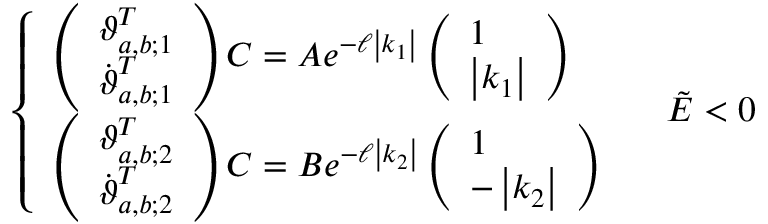
\left\{ \begin{array} { l l } { \left( \begin{array} { l } { \boldsymbol { \vartheta } _ { a , b ; 1 } ^ { T } } \\ { \dot { \boldsymbol { \vartheta } } _ { a , b ; 1 } ^ { T } } \end{array} \right) \boldsymbol { C } = A e ^ { - \ell \left| k _ { 1 } \right| } \left( \begin{array} { l } { 1 } \\ { \left| k _ { 1 } \right| } \end{array} \right) } \\ { \left( \begin{array} { l } { \boldsymbol { \vartheta } _ { a , b ; 2 } ^ { T } } \\ { \dot { \boldsymbol { \vartheta } } _ { a , b ; 2 } ^ { T } } \end{array} \right) \boldsymbol { C } = B e ^ { - \ell \left| k _ { 2 } \right| } \left( \begin{array} { l } { 1 } \\ { - \left| k _ { 2 } \right| } \end{array} \right) } \end{array} \right. \quad \tilde { E } < 0